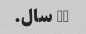
15 سال.